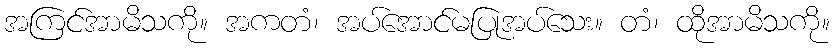
အကြင်အာမိသကို။ အကတံ၊ အပ်အောင်မပြုအပ်သေး။ တံ၊ ထိုအာမိသကို။